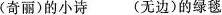
(奇丽)的小诗 (无边)的绿毯